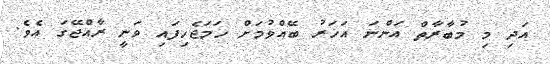
އަދި މި މުބާރާތް އަންނަ އަހަރު ބޭއްވުމަށް ހަމަޖެހިފައި ވަނީ ރާއްޖޭގަ އެވެ.